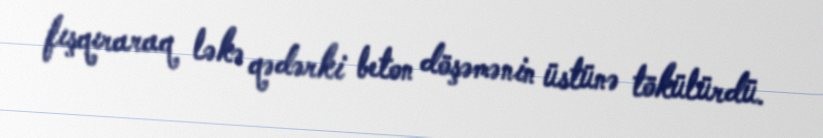
fışqıraraq ləkə qədərki beton döşəmənin üstünə tökülürdü.